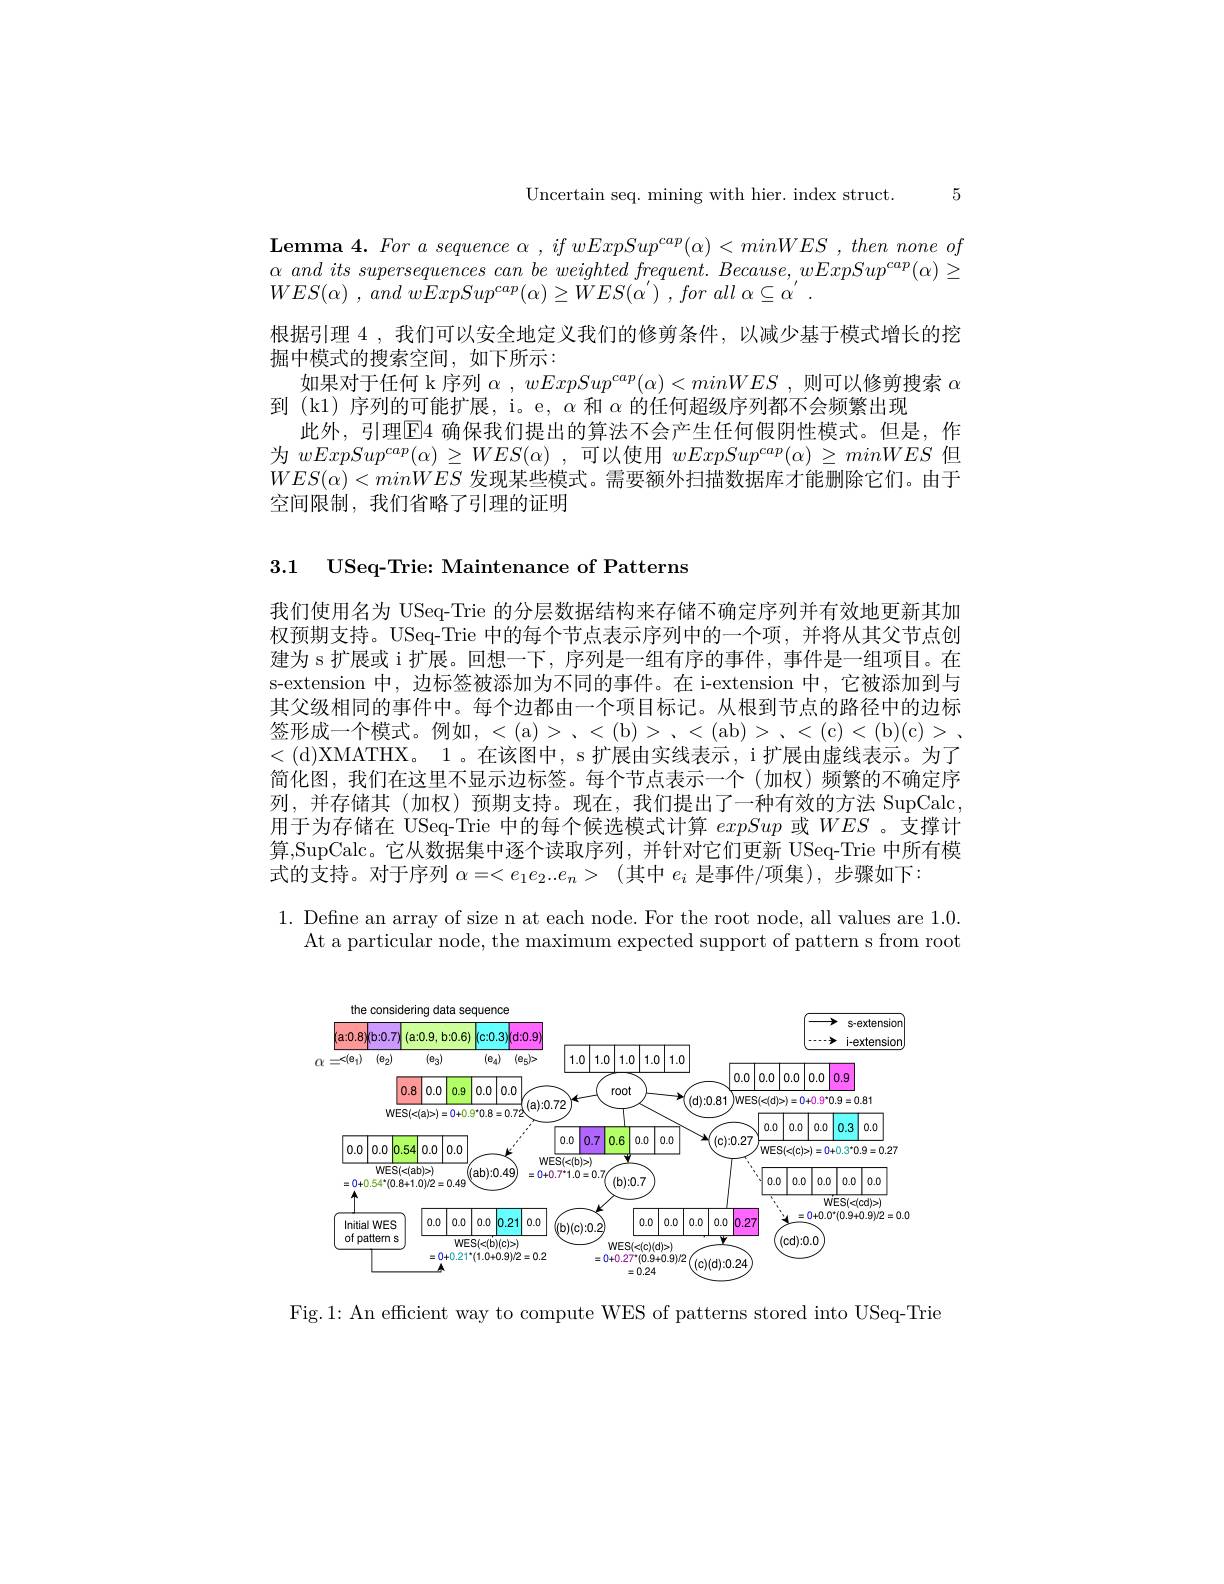
Uncertain seq. mining with hier. index struct. 5

$\textbf{Lemma 4. For a sequence }\alpha$ , $if$ $wExpSup^{cap}( \alpha )$ $< minWES$ , then none $of$ $\alpha\textit{ and its supersequences can be weighted frequent. Because, wExpSup}^{cap}(\alpha)\geq$ $WES( \alpha )$ , $\dot {and}$ $\dot {wE}xpSup^{cap}( \alpha ) \geq \tilde{W} ES( \alpha ^{\prime })$ , for all $\alpha \subseteq$ $\dot{\alpha } ^{\prime }$ .
根据引理 4 , 我们可以安全地定义我们的修剪条件，以减少基于模式增长的挖
掘中模式的搜索空间，如下所示：
如果对于任何 k 序列$\alpha,wExpSup^cap(\alpha)<minWES$,则可以修剪搜索$\alpha$
到 (k1) 序列的可能扩展，i。e, $\alpha$和$\alpha$的任何超级序列都不会频繁出现
此外，引理$\boxed{\mathrm{E}}4$ 确保我们提出的算法不会产生任何假阴性模式。但是，作为$wExpSup^{cap}( \alpha ) \geq WES( \alpha )$ ,可以使用$wExpSup^{cap}(\alpha)\geq minWES$但$WES(\alpha)<minWES$发现某些模式。需要额外扫描数据库才能删除它们。由于空间限制，我们省略了引理的证明

3.1 $\textbf{USeq- Trie: Maintenance of Patterns}$

我们使用名为 USeq-Trie 的分层数据结构来存储不确定序列并有效地更新其加权预期支持。USeq-Trie 中的每个节点表示序列中的一个项，并将从其父节点创建为 s 扩展或 i 扩展。回想一下，序列是一组有序的事件，事件是一组项目。在s-extension 中，边标签被添加为不同的事件。在 i-extension 中，它被添加到与其父级相同的事件中。每个边都由一个项目标记。从根到节点的路径中的边标$签形成一个模式。例如，<(a)> 、<(b)> .<(ab)> .<(c)<(b)(c)>~.$ <(d)XMATHX。1。在该图中，s 扩展由实线表示，i 扩展由虚线表示。为了简化图，我们在这里不显示边标签。每个节点表示一个(加权)频繁的不确定序列，并存储其(加权)预期支持。现在，我们提出了一种有效的方法 SupCalc 用于为存储在 USeq-Trie 中的每个候选模式计算expSup或$WES$ 。支撑计算，SupCalc。它从数据集中逐个读取序列，并针对它们更新 USeq-Trie 中所有模式的支持。对于序列$\alpha=<e_1e_2..e_n>$ (其中$e_i$是事件/项集),步骤如下：

1. Define an array of size n at each node. For the root node, all values are 1.0
At a particular node, the maximum expected support of pattern s from root

<FigureHere>

Fig.1: An efficient way to compute WES of patterns stored into USeq-Trie